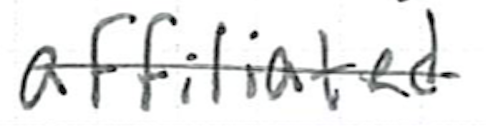
Text: affiliated
Cross-out: single-line
Writing tool: ballpoint